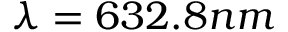
\lambda = 6 3 2 . 8 n m